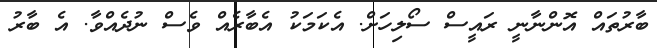
ބާރުތައް އޮންނާނީ ރައީސް ސޯލިހަށް. އެކަމަކު އެބާރެއް ވެސް ނުދެއްވާ. އެ ބާރު